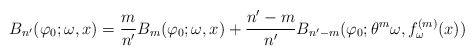
\begin{align*}B_{n^\prime } (\varphi _0;\omega,x) = \frac{m}{n^\prime } B_m(\varphi _0; \omega , x) +\frac{n^\prime -m}{n^\prime} B_{n^\prime -m}(\varphi _0; \theta ^m \omega , f^{(m)}_\omega (x))\end{align*}